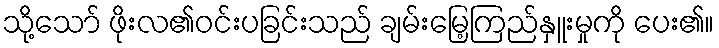
သို့သော် ဖိုးလ၏ဝင်းပခြင်းသည် ချမ်းမြေ့ကြည်နှူးမှုကို ပေး၏။